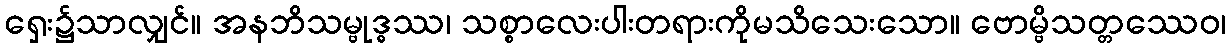
ရှေး၌သာလျှင်။ အနဘိသမ္ဗုဒ္ဓဿ၊ သစ္စာလေးပါးတရားကိုမသိသေးသော။ ဗောမ္ဗိသတ္တဿေဝ၊